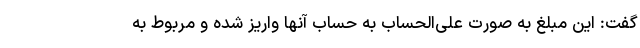
گفت: این مبلغ به صورت علی‌الحساب به حساب آنها واریز شده و مربوط به